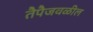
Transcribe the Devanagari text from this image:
तैपैजवळील